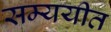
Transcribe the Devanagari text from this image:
सम्ययीत